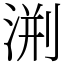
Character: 渆